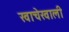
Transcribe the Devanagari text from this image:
खाचेखाली